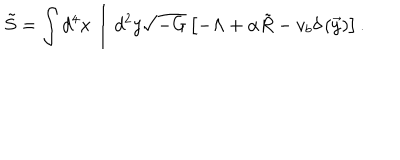
\tilde { S } = \int d ^ { 4 } x \int d ^ { 2 } y \sqrt { - G } \left[ - \Lambda + \alpha \tilde { R } - v _ { b } \delta \left( \vec { y } \right) \right] .